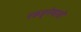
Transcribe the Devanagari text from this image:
पकड्नेवालों